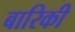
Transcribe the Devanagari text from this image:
बारिकी